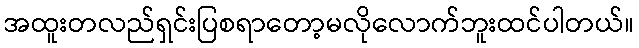
အထူးတလည်ရှင်းပြစရာတော့မလိုလောက်ဘူးထင်ပါတယ်။